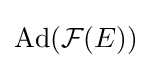
\operatorname {Ad} ({\mathcal {F}}(E))